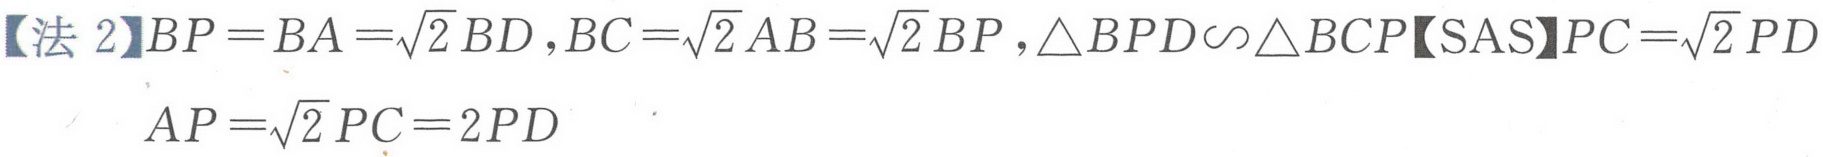
【法 2】$BP = BA=\sqrt{2} BD ,BC=\sqrt{2} AB=\sqrt{2} BP ,\triangle BPD\sim\triangle BCP【SAS】PC=\sqrt{2} PD$
$AP=\sqrt{2} PC = 2PD$